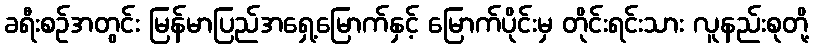
ခရီးစဉ်အတွင်း မြန်မာပြည်အရှေ့မြောက်နှင့် မြောက်ပိုင်းမှ တိုင်းရင်းသား လူနည်းစုတို့